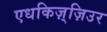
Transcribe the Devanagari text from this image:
एधकिज़्ज़िउर